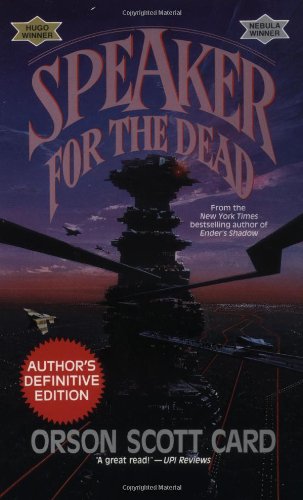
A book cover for Speaker for the Dead (The Ender Quintet); Orson Scott Card; Science Fiction & Fantasy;